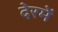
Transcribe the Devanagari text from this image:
देरमें